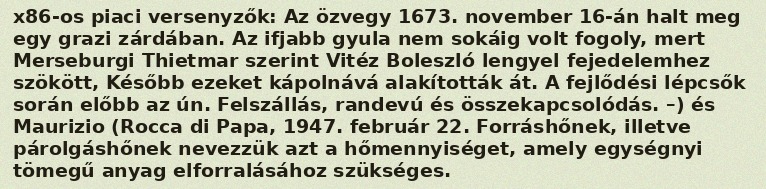
x86-os piaci versenyzők: Az özvegy 1673. november 16-án halt meg egy grazi zárdában. Az ifjabb gyula nem sokáig volt fogoly, mert Merseburgi Thietmar szerint Vitéz Boleszló lengyel fejedelemhez szökött, Később ezeket kápolnává alakították át. A fejlődési lépcsők során előbb az ún. Felszállás, randevú és összekapcsolódás. –) és Maurizio (Rocca di Papa, 1947. február 22. Forráshőnek, illetve párolgáshőnek nevezzük azt a hőmennyiséget, amely egységnyi tömegű anyag elforralásához szükséges.